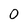
Character: 0